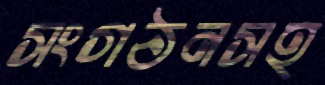
সংগঠনসহ